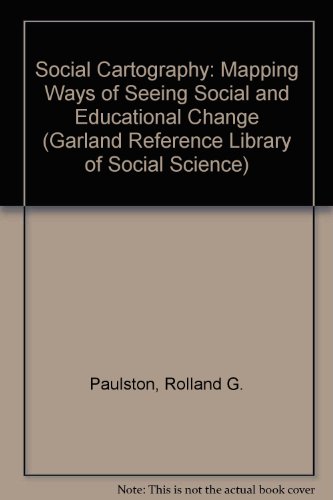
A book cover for Social Cartography: Mapping Ways of Seeing Social and Educational Change (Garland Reference Library of Social Science); Rolland G. Paulston; Science & Math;